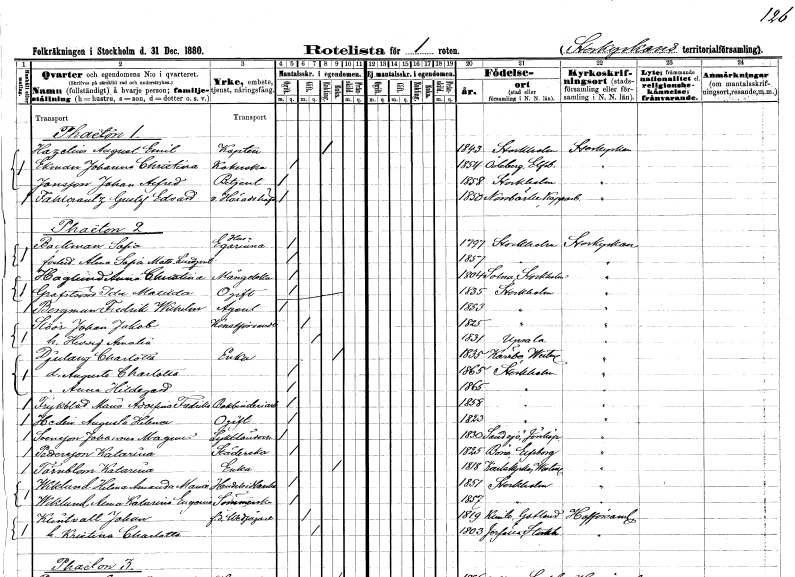
gt_parse: households: individuals: FN: August Emil
EN: Hagelin
YRKE: Kapten
KON: M
CIV: E
FODAR: 1843
FODFORS: Stockholm
FN: Johanna Christina
EN: Ekman
YRKE: Kokerska
KON: K
CIV: O
FODAR: 1854
FODFORS: Ödeborg Älvsborgs län
FN: Johan Alfred
EN: Jonsson
YRKE: Betjänt
KON: M
CIV: O
FODAR: 1858
FODFORS: Stockholm
FN: Gustaf Edvard
EN: Fahlcrantz
YRKE: Häradshövding v.
KON: M
CIV: O
FODAR: 1850
FODFORS: Norrbärke Kopparbergs län
FN: Sofia
EN: Backman
YRKE: Husägarinna
KON: K
CIV: O
FODAR: 1797
FODFORS: Stockholm
FN: Alma Sofia Mathilda
EN: Lindqvist
KON: K
CIV: O
FODAR: 1857
FODFORS: Stockholm
FN: Anna Christina
EN: Haglund
YRKE: Månglerska
KON: K
CIV: O
FODAR: 1804
FODFORS: Solna Stockholms län
FN: Ida Matilda
EN: Grafström
KON: K
CIV: O
FODAR: 1835
FODFORS: Stockholm
FN: Fredrik Wilhelm
EN: Bergman
YRKE: Agent
KON: M
CIV: O
FODAR: 1853
FODFORS: Stockholm
FN: Johan Jakob
EN: Slöör
YRKE: Konstförvandt
KON: M
CIV: G
FODAR: 1825
FODFORS: Stockholm
FN: Hedvig Amalia
KON: K
CIV: G
FODAR: 1831
FODFORS: Uppsala Uppsala län
FN: Charlotta
EN: Djulang
YRKE: Änka
KON: K
CIV: E
FODAR: 1835
FODFORS: Kärrbo Västmanlands län
FN: Augusta Charlotta
KON: K
CIV: O
FODAR: 1865
FODFORS: Stockholm
FN: Anna Hildegard
KON: K
CIV: O
FODAR: 1865
FODFORS: Stockholm
FN: Maria Adolfina Fredrika
EN: Frykblad
YRKE: Bokbinderiarbeterska
KON: K
CIV: O
FODAR: 1858
FODFORS: Stockholm
FN: Augusta Helena
EN: Hedin
KON: K
CIV: O
FODAR: 1823
FODFORS: Stockholm
FN: Johannes Magnus
EN: Svensson
YRKE: Lykttändare
KON: M
CIV: O
FODAR: 1830
FODFORS: Sandsjö Jönköpings län
FN: Katarina
EN: Pettersson
YRKE: Städerska
KON: K
CIV: O
FODAR: 1825
FODFORS: Borås Älvsborgs län
FN: Katarina
EN: Törnblom
YRKE: Änka
KON: K
CIV: E
FODAR: 1818
FODFORS: Karlskyrka Västmanlands län
FN: Hilma Amanda Maria
EN: Wiklund
YRKE: Handelsidkerska
KON: K
CIV: O
FODAR: 1851
FODFORS: Stockholm
FN: Anna Katarina Eugenia
EN: Wiklund
YRKE: Sömmerska
KON: K
CIV: O
FODAR: 1857
FODFORS: Stockholm